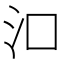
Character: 𬇖